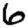
Digit: 6